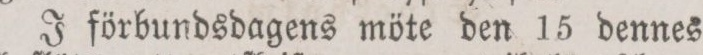
J förbundsdagens möte den 15 dennes